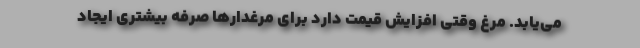
می‌یابد. مرغ وقتی افزایش قیمت دارد برای مرغدارها صرفه بیشتری ایجاد